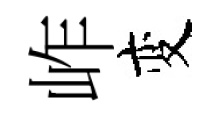
岞变